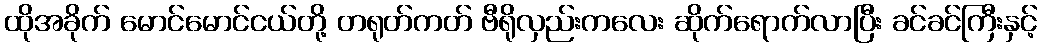
ထိုအခိုက် မောင်မောင်ငယ်တို့ တရုတ်ကတ် ဗီရိုလှည်းကလေး ဆိုက်ရောက်လာပြီး ခင်ခင်ကြီးနှင့်